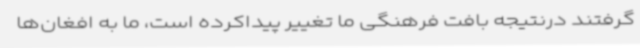
گرفتند درنتیجه بافت فرهنگی ما تغییر پیداکرده است، ما به افغان‌ها